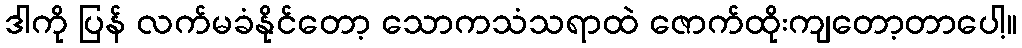
ဒါကို ပြန် လက်မခံနိုင်တော့ သောကသံသရာထဲ ဇောက်ထိုးကျတော့တာပေါ့။